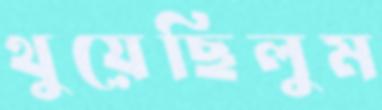
থুয়েছিলুম